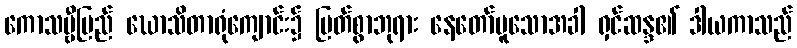
ကောသမ္ဗီပြည် ဃောသိတာရုံကျောင်း၌ မြတ်စွာဘုရား နေတော်မူသောအခါ ရှင်ဆန္ဒ၏ ဒါယကာသည်